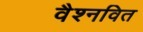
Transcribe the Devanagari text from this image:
वैश्नवित